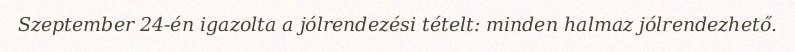
Szeptember 24-én igazolta a jólrendezési tételt: minden halmaz jólrendezhető.